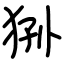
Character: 狲